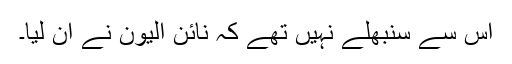
اس سے سنبھلے نہیں تھے کہ نائن الیون نے آن لیا۔